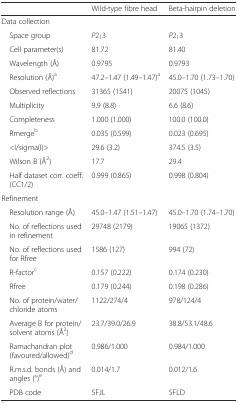
<table><thead><tr><td></td><td><b>Wild-type fibre head</b></td><td><b>Beta-hairpin deletion</b></td></tr></thead><tbody><tr><td colspan="3">Data collection</td></tr><tr><td> Space group</td><td><i>P</i>2<sub>1</sub>3</td><td><i>P</i>2<sub>1</sub>3</td></tr><tr><td> Cell parameter(s)</td><td>81.72</td><td>81.40</td></tr><tr><td> Wavelength (Å)</td><td>0.9795</td><td>0.9793</td></tr><tr><td> Resolution (Å)<sup>a</sup></td><td>47.2–1.47 (1.49–1.47)<sup>a</sup></td><td>45.0–1.70 (1.73–1.70)</td></tr><tr><td> Observed reflections</td><td>31365 (1541)</td><td>20075 (1045)</td></tr><tr><td> Multiplicity</td><td>9.9 (8.8)</td><td>6.6 (8.6)</td></tr><tr><td> Completeness</td><td>1.000 (1.000)</td><td>100.0 (100.0)</td></tr><tr><td> Rmerge<sup>b</sup></td><td>0.035 (0.599)</td><td>0.023 (0.695)</td></tr><tr><td> &lt;I/sigma(I)&gt;</td><td>29.6 (3.2)</td><td>374.5 (3.5)</td></tr><tr><td> Wilson B (Å<sup>2</sup>)</td><td>17.7</td><td>29.4</td></tr><tr><td> Half dataset corr. coeff. (CC1/2)</td><td>0.999 (0.865)</td><td>0.998 (0.804)</td></tr><tr><td colspan="3">Refinement</td></tr><tr><td> Resolution range (Å)</td><td>45.0–1.47 (1.51–1.47)</td><td>45.0–1.70 (1.74–1.70)</td></tr><tr><td> No. of reflections used in refinement</td><td>29748 (2179)</td><td>19065 (1372)</td></tr><tr><td> No. of reflections used for Rfree</td><td>1586 (127)</td><td>994 (72)</td></tr><tr><td> R-factor<sup>c</sup></td><td>0.157 (0.222)</td><td>0.174 (0.230)</td></tr><tr><td> Rfree</td><td>0.179 (0.244)</td><td>0.198 (0.286)</td></tr><tr><td> No. of protein/water/chloride atoms</td><td>1122/274/4</td><td>978/124/4</td></tr><tr><td> Average B for protein/solvent atoms (Å<sup>2</sup>)</td><td>23.7/39.0/26.9</td><td>38.8/53.1/48.6</td></tr><tr><td> Ramachandran plot (favoured/allowed)<sup>d</sup></td><td>0.986/1.000</td><td>0.984/1.000</td></tr><tr><td> R.m.s.d. bonds (Å) and angles (°)<sup>e</sup></td><td>0.014/1.7</td><td>0.012/1.6</td></tr><tr><td> PDB code</td><td>5FJL</td><td>5FLD</td></tr></tbody></table>